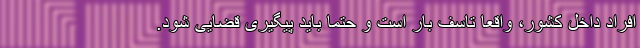
افراد داخل کشور، واقعا تاسف بار است و حتما باید پیگیری قضایی شود.